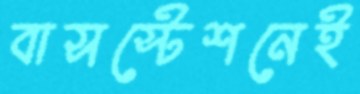
বাসস্টেশনেই